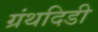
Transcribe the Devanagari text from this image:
ग्रंथदिडी